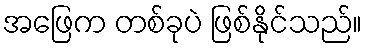
အဖြေက တစ်ခုပဲ ဖြစ်နိုင်သည်။